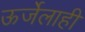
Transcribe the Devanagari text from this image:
ऊर्जेलाही